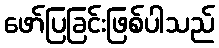
ဖော်ပြခြင်းဖြစ်ပါသည်